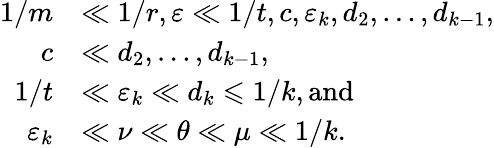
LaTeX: \begin{array}{rl}{1/m}&{\ll 1/r,\varepsilon\ll 1/t,c,\varepsilon_{k},d_{2},\dots,d_{k-1},}\\ {c}&{\ll d_{2},\dots,d_{k-1},}\\ {1/t}&{\ll\varepsilon_{k}\ll d_{k}\leqslant 1/k,\mathrm{and}}\\ {\varepsilon_{k}}&{\ll\nu\ll{\theta}\ll\mu\ll 1/k.}\end{array}